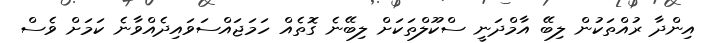
އިންދާ ރުއްތަކުން ލިބޭ އާމްދަނީ ސްކޫލްތަކަށް ލިބޭނެ ގޮތެއް ހަމަޖައްސަވައިދެއްވާނެ ކަމަށް ވެސް